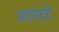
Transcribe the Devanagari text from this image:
आमदरी